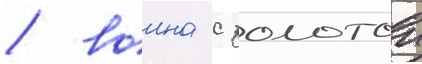
/ воина с золотои